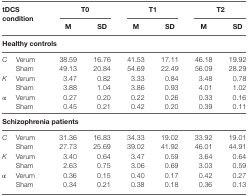
| <ROWSPAN=2-COLSPAN=2> tDCS condition | <COLSPAN=2> T0 | <COLSPAN=2> T1 | <COLSPAN=2> T2 |
 | M | SD | M | SD | M | SD |
 | --- | --- | --- | --- | --- | --- | --- | --- |
 | <COLSPAN=8> Healthy controls |
 | C | Verum | 38.59 | 16.76 | 41.53 | 17.11 | 46.18 | 19.92 |
 |  | Sham | 49.13 | 20.84 | 54.69 | 22.49 | 56.09 | 28.29 |
 | K | Verum | 3.47 | 0.82 | 3.33 | 0.84 | 3.48 | 0.78 |
 |  | Sham | 3.88 | 1.04 | 3.86 | 0.93 | 4.01 | 1.02 |
 | α | Verum | 0.27 | 0.20 | 0.22 | 0.26 | 0.33 | 0.16 |
 |  | Sham | 0.45 | 0.21 | 0.42 | 0.20 | 0.39 | 0.11 |
 | <COLSPAN=8> Schizophrenia patients |
 | C | Verum | 31.36 | 16.83 | 34.33 | 19.02 | 33.92 | 19.01 |
 |  | Sham | 27.73 | 25.69 | 39.02 | 41.92 | 46.01 | 44.91 |
 | K | Verum | 3.40 | 0.64 | 3.47 | 0.59 | 3.64 | 0.64 |
 |  | Sham | 2.63 | 0.75 | 3.06 | 0.69 | 3.03 | 0.59 |
 | α | Verum | 0.36 | 0.15 | 0.40 | 0.17 | 0.42 | 0.27 |
 |  | Sham | 0.34 | 0.21 | 0.38 | 0.18 | 0.36 | 0.13 |